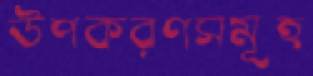
উপকরণসমূহ